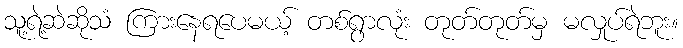
သူ့ရဲ့ဆဲဆိုသံ ကြားနေရပေမယ့် တစ်ရွာလုံး တုတ်တုတ်မှ မလှုပ်ရဲဘူး။